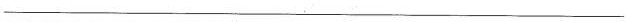
___